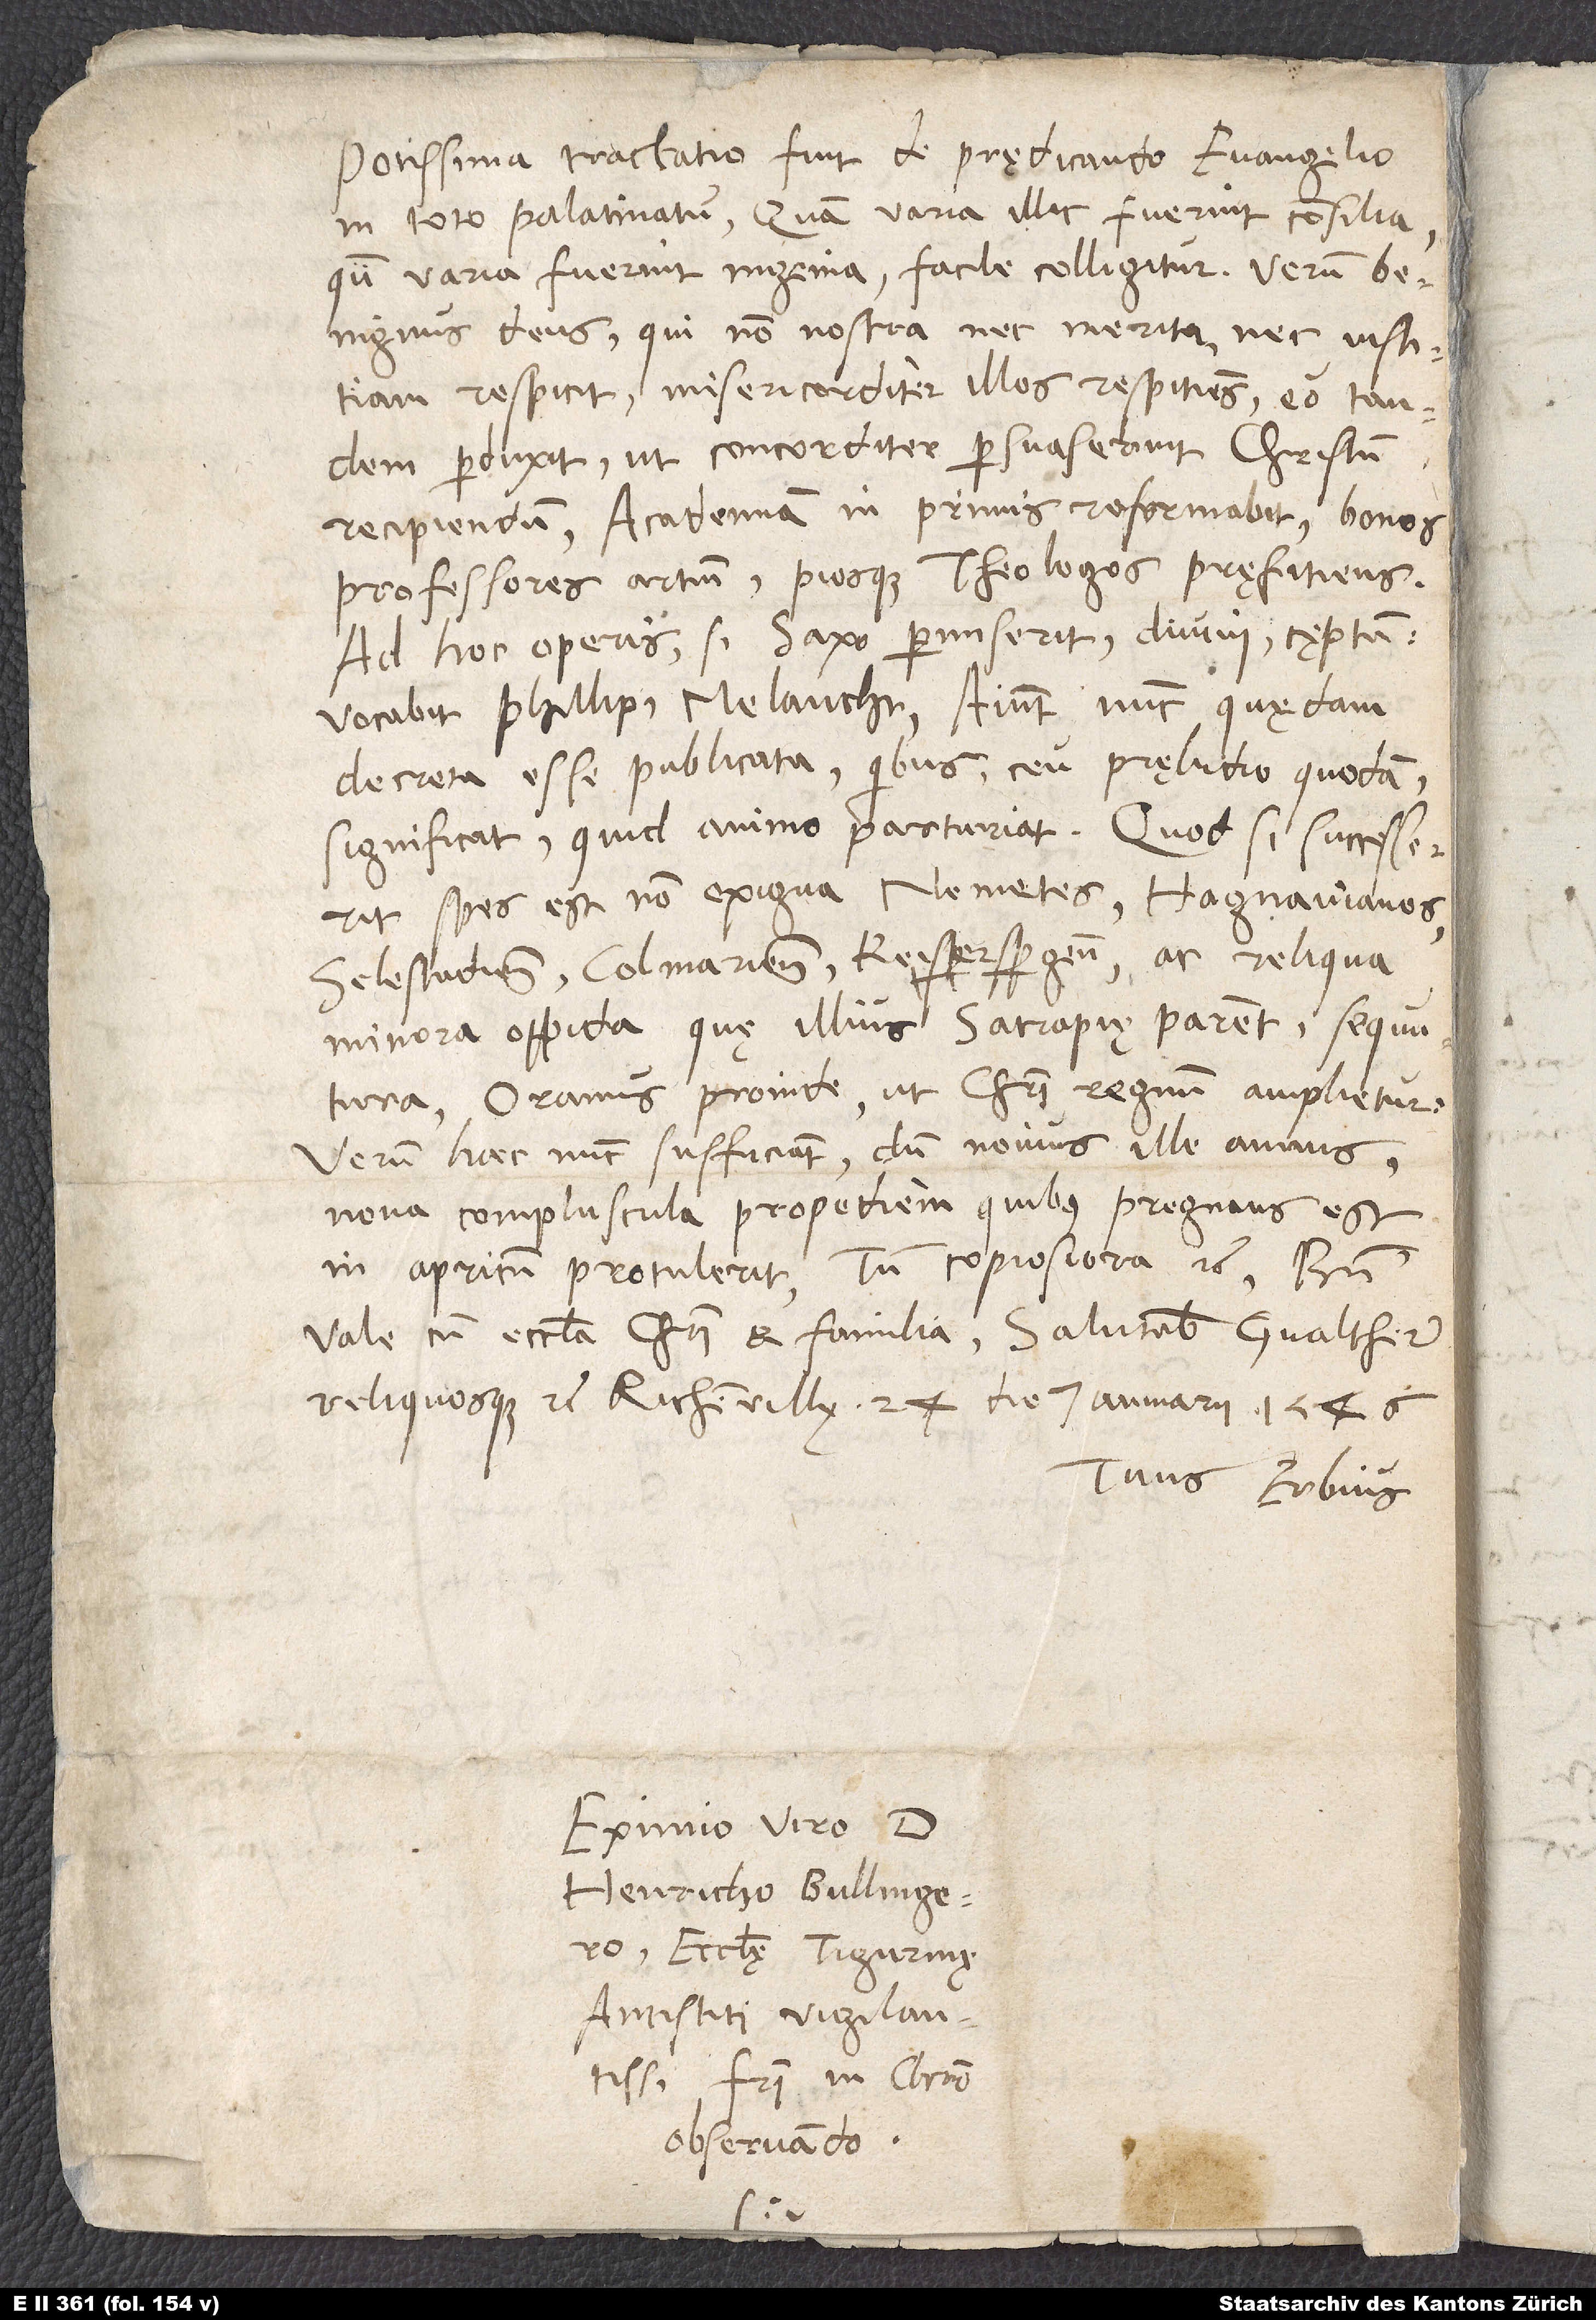
Potissima tractatio fuit de prędicando evangelio
in toto Palatinatu. Quam varia illic fuerint consilia,
quam varia fuerint ingenia, facile colligitur. Verum
benignus deus, qui non nostra nec merita nec iustitiam
respicit, misericorditer illos respitiens eo tandem
perduxit, ut concorditer persuaserint Christum
recipiendum. Academiam in primis reformabit, bonos
professores artium piosque theologos pręfitiens.
Ad hoc operis, si Saxo permiserit, divini cęptum
vocabit Phillipum Melanchthonem. Aiunt nunc quędam
decreta esse publicata, quibus ceu pręludio quodam
significat, quid animo parturiat. Quod si successerit,
spes est non exigua Nemetes, Hagnavianos,
Selestadienses, Colmarienses, Keiserspergenses ac reliqua
minora oppida, quę illius satrapię parent, sequutura.
Oramus proinde, ut Christi regnum amplietur.
Verum haec nunc sufficiant, dum novus ille annus
nova compluscula propediem, quibus pregnans est,
in apricum protulerit. Tum copiosiora, etc. Bene
vale cum ecclesia Christi et familia. Salutabis Gvaltherum
reliquosque, etc. Richenvillę, 24. die ianuarii 1546.
Tuus Erbius.
Eximio viro d.
Henricho Bullingero,
ecclesię Tigurinę
antistiti vigilantissimo,
fratri in Christo
observando.